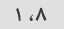
۸، ۱